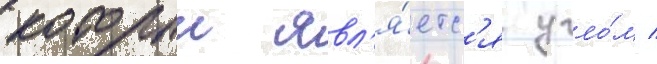
которыи явл'я́етс'я угло́м /